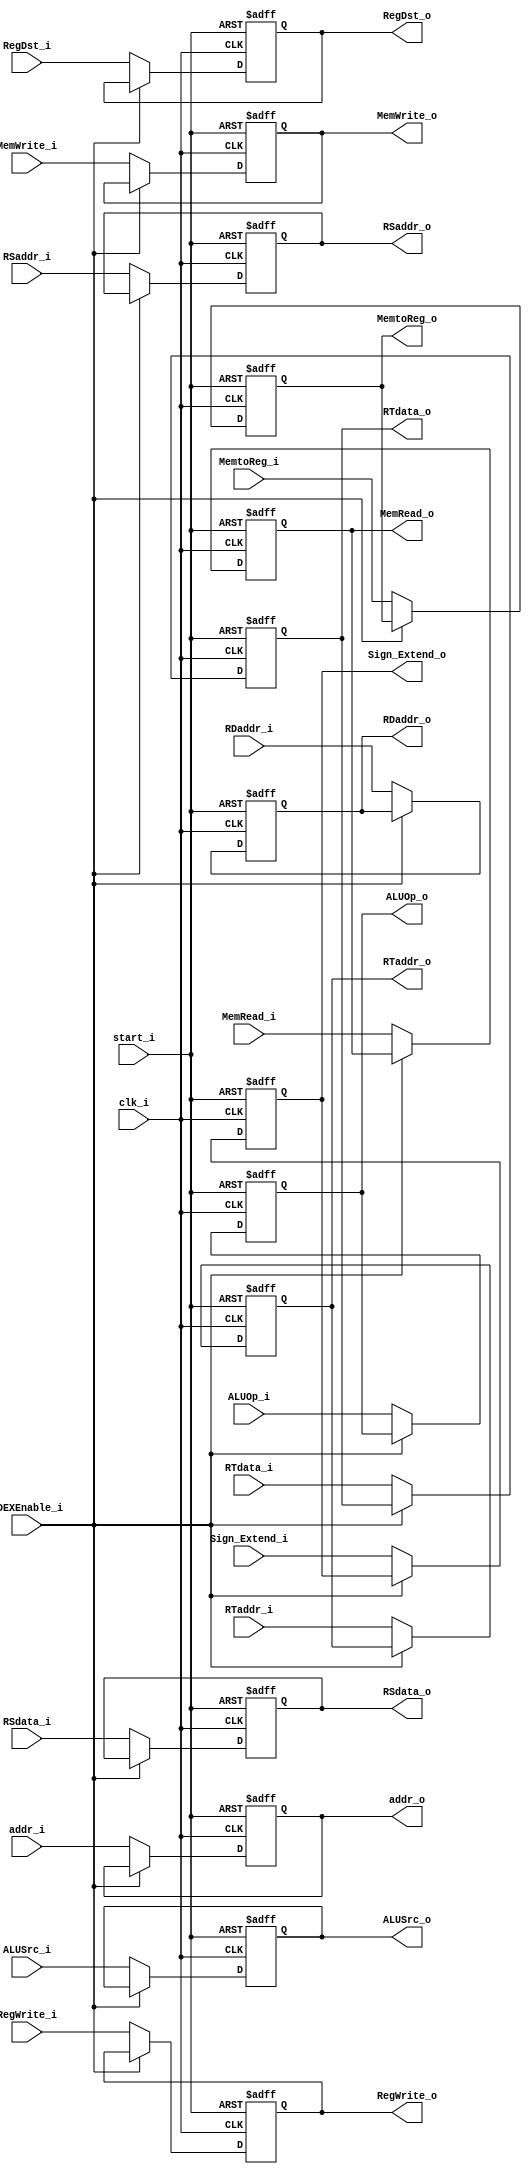
module IDEX
(
    clk_i, //required
    start_i,
    RegWrite_i, //WB
    RegWrite_o,
    MemtoReg_i,
    MemtoReg_o,
    MemRead_i,
    MemRead_o,
    MemWrite_i,
    MemWrite_o,
    RegDst_i, //EX
    RegDst_o,
    ALUOp_i,
    ALUOp_o,
    ALUSrc_i,
    ALUSrc_o,
    addr_i, //address of instruction memory
    addr_o,
    RSdata_i, //Registers
    RSdata_o,
    RTdata_i,
    RTdata_o,
    Sign_Extend_i, //Sign_Extend
    Sign_Extend_o,
    RSaddr_i,
    RSaddr_o,
    RTaddr_i, //MUX5  //instr[20:16]
    RTaddr_o,
    RDaddr_i,         //instr[15:11]
    RDaddr_o,
    IDEXEnable_i
);

input clk_i, start_i;
input IDEXEnable_i;
input RegWrite_i, //WB
      MemtoReg_i,
      MemRead_i,
      MemWrite_i,
      RegDst_i, //EX
      //ALUOp
      ALUSrc_i;
input [1:0] ALUOp_i;
input [4:0] RSaddr_i,
	    RTaddr_i,
	    RDaddr_i;
input [31:0] addr_i,
	     Sign_Extend_i,
	     RSdata_i,
	     RTdata_i;
output RegWrite_o, //WB
       MemtoReg_o,
       MemRead_o,
       MemWrite_o,
       RegDst_o, //EX
       //ALUOp
       ALUSrc_o;

output [1:0] ALUOp_o;
output [4:0] RSaddr_o,
	     RTaddr_o,
	     RDaddr_o;
output [31:0] addr_o,
	      Sign_Extend_o,
	      RSdata_o,
	      RTdata_o;
reg RegWrite_o, //  output
    MemtoReg_o,
    MemRead_o,
    MemWrite_o,
    RegDst_o,
    ALUSrc_o;
reg [1:0] ALUOp_o; // output 2
reg [4:0] RSaddr_o,
	  RTaddr_o, //output 5
	  RDaddr_o;
reg [31:0]  addr_o, //output 32
	    Sign_Extend_o,
	    RSdata_o,
	    RTdata_o;


always @ ( posedge clk_i or negedge start_i) begin
  if (~start_i) begin
  	RegWrite_o <= 0;
  	MemtoReg_o <= 0;
  	MemRead_o <= 0;
  	MemWrite_o <= 0;
  	RegDst_o <= 0;
  	ALUSrc_o <= 0;
  	ALUOp_o <= 0;
  	RSaddr_o <= 0;
  	RTaddr_o <= 0;
  	RDaddr_o <= 0;
  	addr_o <= 0;
  	Sign_Extend_o <= 0;
  	RSdata_o <= 0;
  	RTdata_o <= 0;
  end
  else if (IDEXEnable_i) begin
    RegWrite_o <= RegWrite_o;
  	MemtoReg_o <= MemtoReg_o;
  	MemRead_o <= MemRead_o;
  	MemWrite_o <= MemWrite_o;
  	RegDst_o <= RegDst_o;
  	ALUSrc_o <= ALUSrc_o;
  	ALUOp_o <= ALUOp_o;
  	RSaddr_o <= RSaddr_o;
  	RTaddr_o <= RTaddr_o;
  	RDaddr_o <= RDaddr_o;
  	addr_o <= addr_o;
  	Sign_Extend_o <= Sign_Extend_o;
  	RSdata_o <= RSdata_o;
  	RTdata_o <= RTdata_o;
  end
  else begin
  	RegWrite_o <= RegWrite_i;
  	MemtoReg_o <= MemtoReg_i;
  	MemRead_o <= MemRead_i;
  	MemWrite_o <= MemWrite_i;
  	RegDst_o <= RegDst_i;
  	ALUSrc_o <= ALUSrc_i;
  	ALUOp_o <= ALUOp_i;
  	RSaddr_o <= RSaddr_i;
  	RTaddr_o <= RTaddr_i;
  	RDaddr_o <= RDaddr_i;
  	addr_o <= addr_i;
  	Sign_Extend_o <= Sign_Extend_i;
  	RSdata_o <= RSdata_i;
  	RTdata_o <= RTdata_i;
  end
end
endmodule